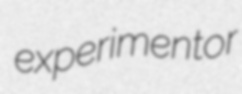
experimentor